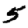
Digit: 5